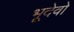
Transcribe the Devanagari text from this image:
भूदेवो